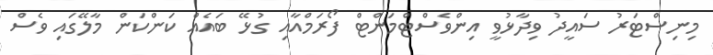
މިނިސްޓަރު ސައީދު ވިދާޅުވީ އިންވެސްޓްމަންޓް ފޯރަމްއާއި ގުޅޭ ބައެއް ކަންކަން މާލޭގައި ވެސް